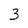
Character: 3